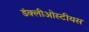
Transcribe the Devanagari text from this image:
डंक्लीओस्टीयस